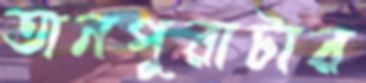
তানপুরাটার